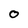
Character: O